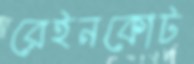
রেইনকোট